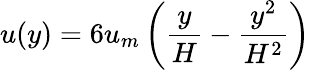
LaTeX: u(y)=6u_{m}\left(\frac{y}{H}-\frac{y^{2}}{H^{2}}\right)